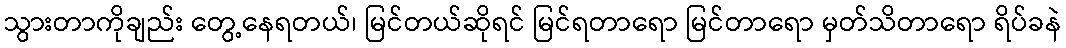
သွားတာကိုချည်း တွေ့နေရတယ်၊ မြင်တယ်ဆိုရင် မြင်ရတာရော မြင်တာရော မှတ်သိတာရော ရိပ်ခနဲ